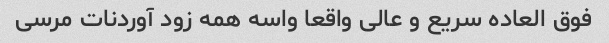
فوق العاده سریع و عالی واقعا واسه همه زود آوردنات مرسی